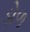
ડોળ